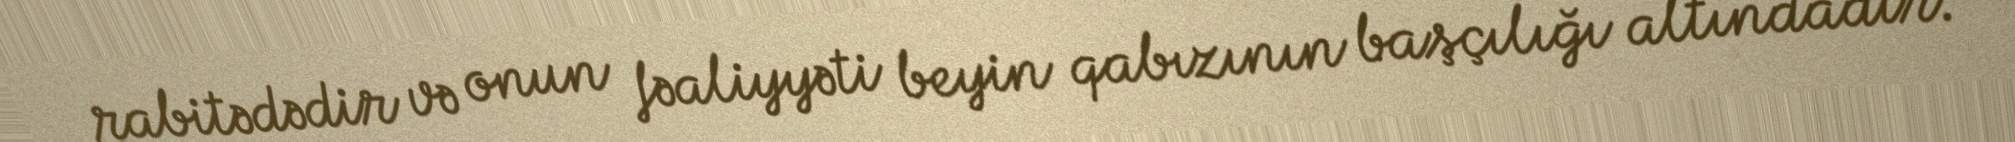
rabitədədir və onun fəaliyyəti beyin qabızının başçılığı altındadır.